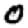
Digit: 0